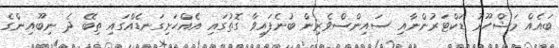
ބައެއް މަޝްހޫރު ޑަކްޓަރުންނާއި ސައިންސްވެރިން ބުނެފައިވާ ގޮތުގައި އެއްހަށިގަނޑެއްގައި ތިބޭ ދެ ނިބޫއިންގެ